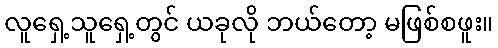
လူရှေ့သူရှေ့တွင် ယခုလို ဘယ်တော့ မဖြစ်စဖူး။